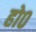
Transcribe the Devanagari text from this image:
हो०